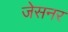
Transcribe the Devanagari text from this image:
जेसनर